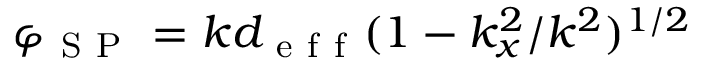
\varphi _ { \mathrm { ~ S ~ P ~ } } = k d _ { \mathrm { ~ e ~ f ~ f ~ } } ( 1 - k _ { x } ^ { 2 } / k ^ { 2 } ) ^ { 1 / 2 }